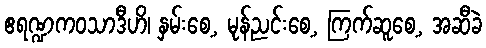
ဧရဏ္ဍကဝသာဒီဟိ၊ နှမ်းစေ့, မုန်ညင်းစေ့, ကြက်ဆူစေ့, အဆီခဲ